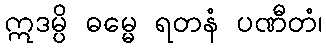
ဣဒမ္ပိ ဓမ္မေ ရတနံ ပဏီတံ၊